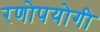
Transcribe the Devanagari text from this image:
रणोपयोगी